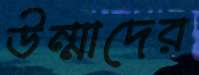
উন্মাদের